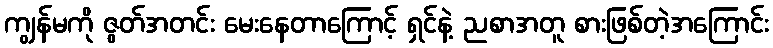
ကျွန်မကို ဇွတ်အတင်း မေးနေတာကြောင့် ရှင်နဲ့ ညစာအတူ စားဖြစ်တဲ့အကြောင်း